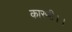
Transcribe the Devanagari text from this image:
कारणी।।